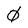
Character: 0